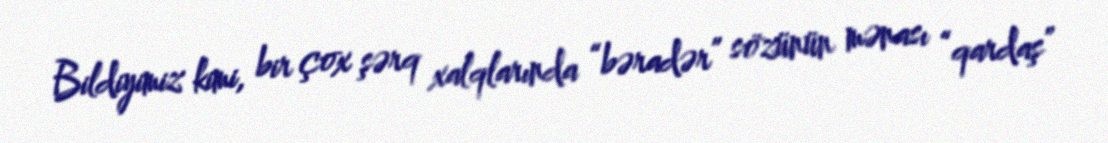
Bildiyimiz kimi, bir çox şərq xalqlarında “bəradər” sözünün mənası “qardaş”